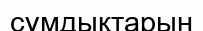
сұмдықтарын